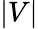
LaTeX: |{V}|